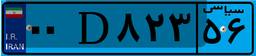
۴۰D۵۷۸۸۷